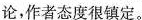
论，作者态度很镇定。